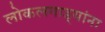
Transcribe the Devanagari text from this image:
लोकलगाड्यांना